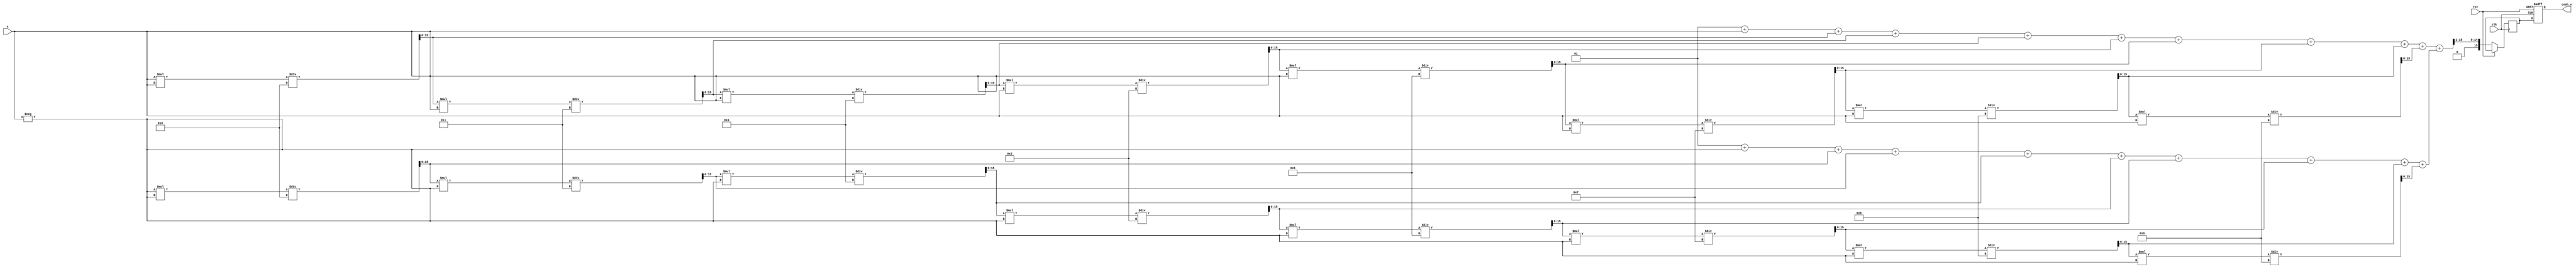
module hyperbolic_cosh (
    input wire signed [15:0] x,        // Input value (fixed-point representation)
    output reg signed [15:0] cosh_x,   // Output value (fixed-point representation)
    input wire clk,
    input wire rst
);

    // Internal signals
    wire signed [15:0] exp_x;
    wire signed [15:0] exp_neg_x;
    wire signed [15:0] sum_exp;
    reg signed [15:0] temp_cosh;

    // Exponential function approximation (using Taylor series)
    function signed [15:0] exp_approx(input signed [15:0] val);
        reg signed [15:0] result;
        reg signed [15:0] term;
        integer i;
        begin
            result = 16'h0001; // e^0 = 1
            term = val; // First term is x
            for (i = 1; i < 10; i = i + 1) begin
                result = result + term;
                term = (term * val) / (i + 1); // Calculate next term
            end
            exp_approx = result;
        end
    endfunction

    // Calculate e^x and e^(-x)
    assign exp_x = exp_approx(x);
    assign exp_neg_x = exp_approx(-x);

    // Compute sum of e^x and e^(-x)
    assign sum_exp = exp_x + exp_neg_x;

    // Compute cosh(x) = (e^x + e^(-x)) / 2
    always @(posedge clk or posedge rst) begin
        if (rst) begin
            cosh_x <= 16'h0000; // Reset output
        end else begin
            temp_cosh <= sum_exp >> 1; // Divide by 2 using right shift
            cosh_x <= temp_cosh; // Assign to output
        end
    end

endmodule